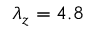
\lambda _ { z } = 4 . 8